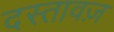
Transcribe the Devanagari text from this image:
दस्तावज़